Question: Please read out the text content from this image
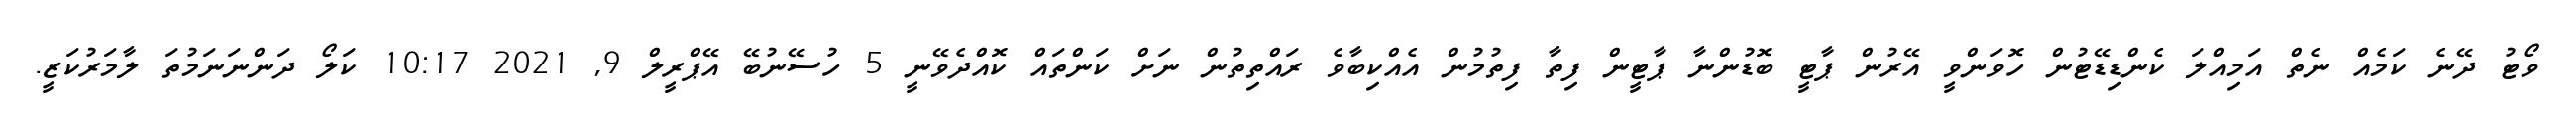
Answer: ވޯޓު ދޭނެ ކަމެއް ނެތް އަމިއްލަ ކެންޑިޑޭޓުން ހޮވަންވީ އޭރުން ޕާޓީ ބޮޑުންނާ ޕާޓީން ފިތާ ފިތުމުން އެއްކިބާވެ ރައްތިތުން ނަށް ކަންތައް ކޮއްދެވޭނީ 5 ހުސޭނުބޭ އޭޕްރީލް 9, 2021 10:17 ކަލޯ ދަންނަނަމުތަ ލާމަރުކަޒީ.